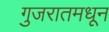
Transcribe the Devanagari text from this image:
गुजरातमधून